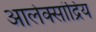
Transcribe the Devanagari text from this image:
आलेक्सांद्रिय